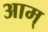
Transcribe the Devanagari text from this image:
आम्